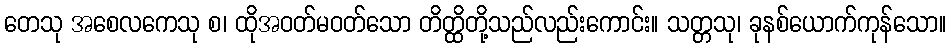
တေသု အစေလကေသု စ၊ ထိုအဝတ်မဝတ်သော တိတ္ထိတို့သည်လည်းကောင်း။ သတ္တသု၊ ခုနစ်ယောက်ကုန်သော။